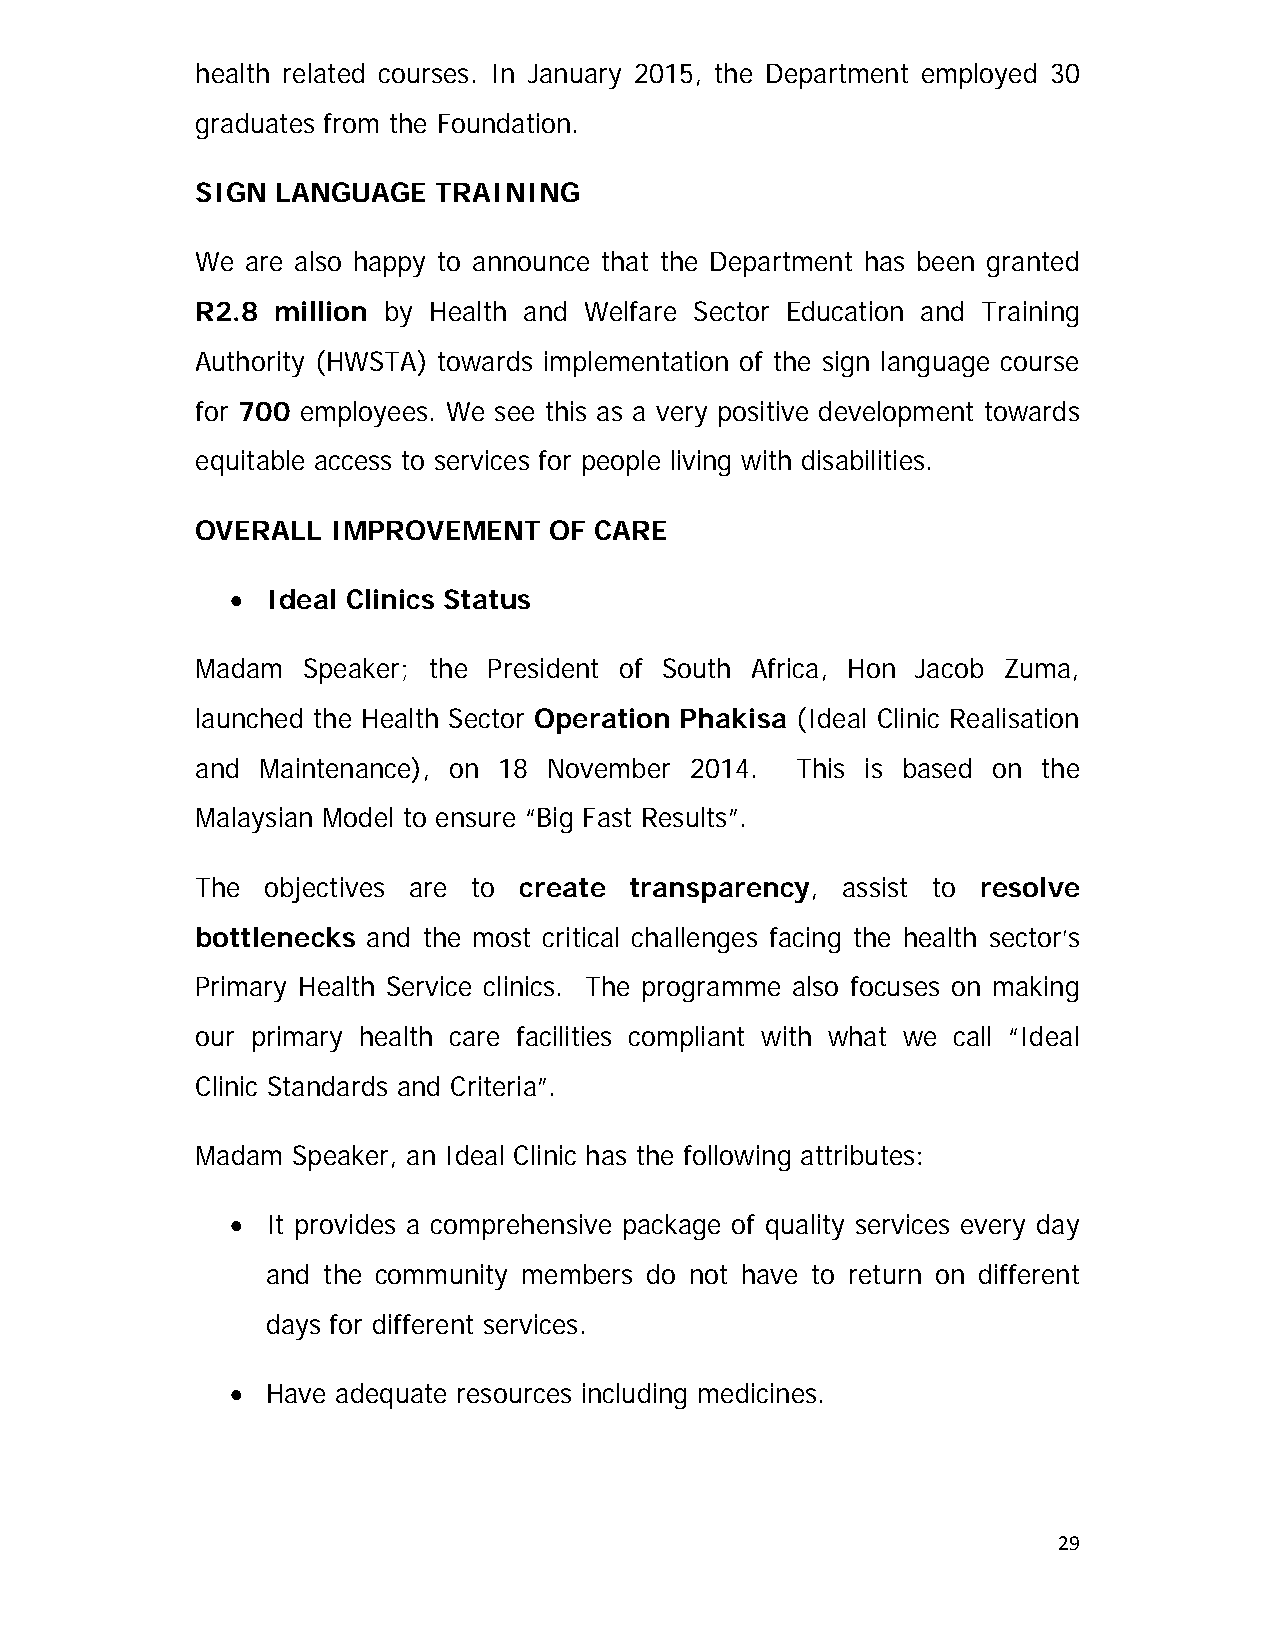
health related courses. In January 2015, the Department employed 30
 graduates from the Foundation.
 SIGN LANGUAGE   TRAINING
 We are also happy to announce that the Department has been granted
 R2.8 million by Health and Welfare Sector Education and Training
 Authority (HWSTA) towards implementation of the sign language course
 for 700 employees. We see this as a very positive development towards
 equitable access to services for people living with disabilities.
 OVERALL  IMPROVEMENT   OF CARE
   Ideal Clinics Status
 Madam  Speaker; the President of South Africa, Hon Jacob Zuma,
 launched the Health Sector Operation Phakisa (Ideal Clinic Realisation
 and Maintenance), on 18 November 2014.  This is based on the
 Malaysian Model to ensure “Big Fast Results”.
 The  objectives are to create transparency, assist to resolve
 bottlenecks and the most critical challenges facing the health sector’s
 Primary Health Service clinics. The programme also focuses on making
 our primary health care facilities compliant with what we call “Ideal
 Clinic Standards and Criteria”.
 Madam Speaker, an Ideal Clinic has the following attributes:
   It provides a comprehensive package of quality services every day
 and the community members do not have to return on different
 days for different services.
   Have adequate resources including medicines.
 29